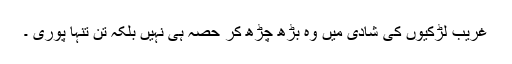
غریب لڑکیوں کی شادی میں وہ بڑھ چڑھ کر حصہ ہی نہیں بلکہ تن تنہا پوری ۔